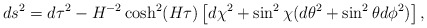
\begin{align*}ds^2 = d\tau^2 - H^{-2} \cosh^2(H\tau) \left[d\chi^2 + \sin^2 \chi (d\theta^2 + \sin^2 \theta d\phi^2)\right],\end{align*}